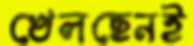
খেলছেনই